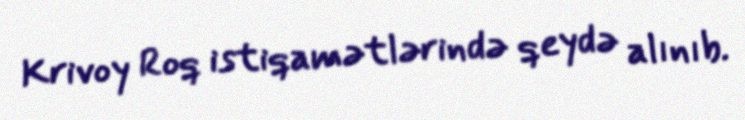
Krivoy Roq istiqamətlərində qeydə alınıb.